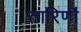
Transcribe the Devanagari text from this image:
तारिणीं